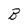
Character: B